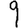
Digit: 9